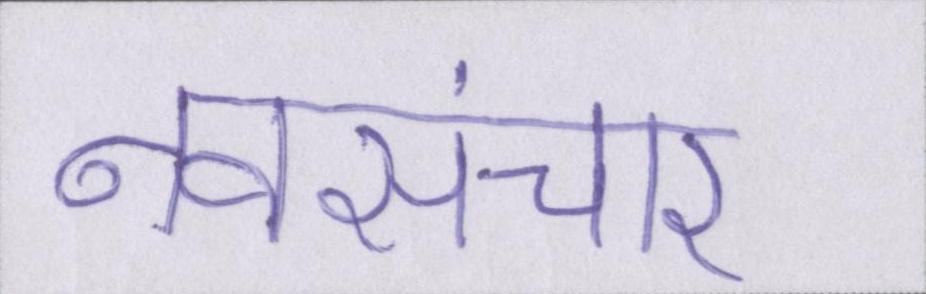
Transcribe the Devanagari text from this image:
नवसंचार